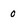
Character: 0